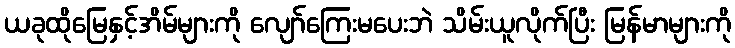
ယခုထိုမြေနှင့်အိမ်များကို လျော်ကြေးမပေးဘဲ သိမ်းယူလိုက်ပြီး မြန်မာများကို